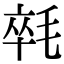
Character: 㲞